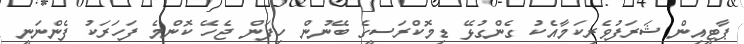
ޕާޓީއިން ޝަރަފުވެރިކަމާއެކު ގެންގުޅޭ ޑިމޮކްރަސީގެ ބޭނުން ހިފަން ޖެހޭ ކޮންމެ ފަހަރަކު ފެންނަނީ